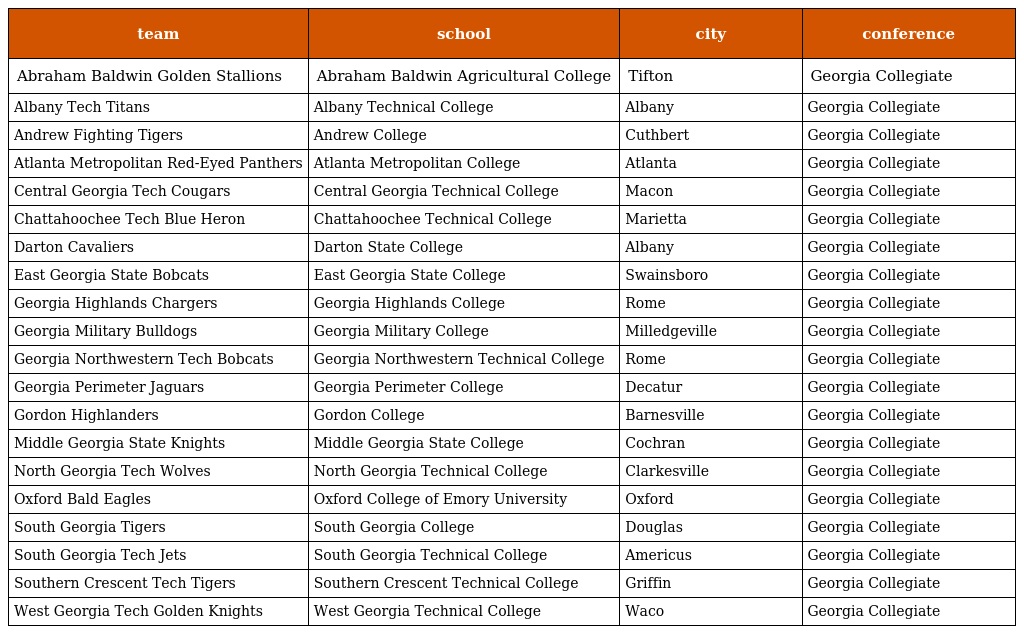
| team | school | city | conference |
 | --- | --- | --- | --- |
 | Abraham Baldwin Golden Stallions | Abraham Baldwin Agricultural College | Tifton | Georgia Collegiate |
 | Albany Tech Titans | Albany Technical College | Albany | Georgia Collegiate |
 | Andrew Fighting Tigers | Andrew College | Cuthbert | Georgia Collegiate |
 | Atlanta Metropolitan Red-Eyed Panthers | Atlanta Metropolitan College | Atlanta | Georgia Collegiate |
 | Central Georgia Tech Cougars | Central Georgia Technical College | Macon | Georgia Collegiate |
 | Chattahoochee Tech Blue Heron | Chattahoochee Technical College | Marietta | Georgia Collegiate |
 | Darton Cavaliers | Darton State College | Albany | Georgia Collegiate |
 | East Georgia State Bobcats | East Georgia State College | Swainsboro | Georgia Collegiate |
 | Georgia Highlands Chargers | Georgia Highlands College | Rome | Georgia Collegiate |
 | Georgia Military Bulldogs | Georgia Military College | Milledgeville | Georgia Collegiate |
 | Georgia Northwestern Tech Bobcats | Georgia Northwestern Technical College | Rome | Georgia Collegiate |
 | Georgia Perimeter Jaguars | Georgia Perimeter College | Decatur | Georgia Collegiate |
 | Gordon Highlanders | Gordon College | Barnesville | Georgia Collegiate |
 | Middle Georgia State Knights | Middle Georgia State College | Cochran | Georgia Collegiate |
 | North Georgia Tech Wolves | North Georgia Technical College | Clarkesville | Georgia Collegiate |
 | Oxford Bald Eagles | Oxford College of Emory University | Oxford | Georgia Collegiate |
 | South Georgia Tigers | South Georgia College | Douglas | Georgia Collegiate |
 | South Georgia Tech Jets | South Georgia Technical College | Americus | Georgia Collegiate |
 | Southern Crescent Tech Tigers | Southern Crescent Technical College | Griffin | Georgia Collegiate |
 | West Georgia Tech Golden Knights | West Georgia Technical College | Waco | Georgia Collegiate |